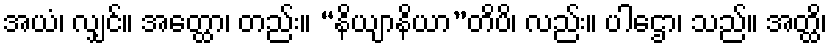
အယံ၊ လျှင်။ အတ္ထော၊ တည်း။ “နိယျာနိယာ”တိပိ၊ လည်း။ ပါဌော၊ သည်။ အတ္ထိ၊